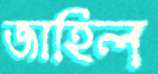
জাহিল